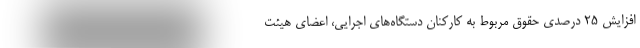
افزایش 25 درصدی حقوق مربوط به کارکنان دستگاه‌های اجرایی، اعضای هیئت